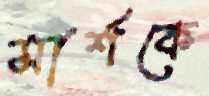
মার্শকে